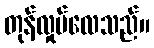
တုန်လှုပ်လေသည်။